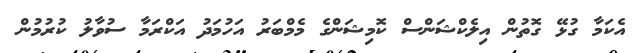
އެކަމާ ގުޅޭ ގޮތުން އިލެކްޝަންސް ކޮމިޝަންގެ މެމްބަރު އަހުމަދު އަކްރަމާ ސުވާލު ކުރުމުން